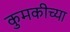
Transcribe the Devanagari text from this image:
कुमकीच्या